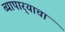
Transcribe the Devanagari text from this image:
व्यापार्‍याचा